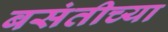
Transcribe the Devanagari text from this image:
बसंतीच्या